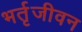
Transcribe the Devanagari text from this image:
भर्तृजीवन